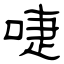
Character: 啑